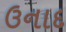
ઉનાદ